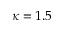
\kappa = 1 . 5